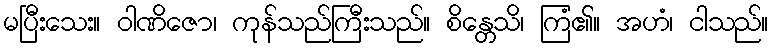
မပြီးသေး။ ဝါဏိဇော၊ ကုန်သည်ကြီးသည်။ စိန္တေသိ၊ ကြံ၏။ အဟံ၊ ငါသည်။